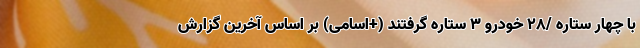
با چهار ستاره /28 خودرو ۳ ستاره گرفتند (+اسامی) بر اساس آخرین گزارش